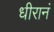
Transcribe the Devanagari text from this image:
धीरानं